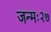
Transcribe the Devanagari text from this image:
जन्मः२७